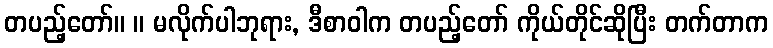
တပည့်တော်။ ။ မလိုက်ပါဘုရား, ဒီစာဝါက တပည့်တော် ကိုယ်တိုင်ဆိုပြီး တက်တာက